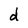
Character: d